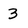
Character: 3